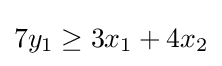
7y_{1}\geq 3x_{1}+4x_{2}